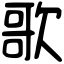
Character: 歌